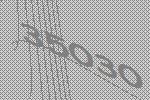
35030